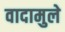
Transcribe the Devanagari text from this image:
वादामुले